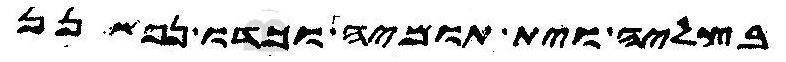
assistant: בצליה וית תומיה וכדו נפשנן